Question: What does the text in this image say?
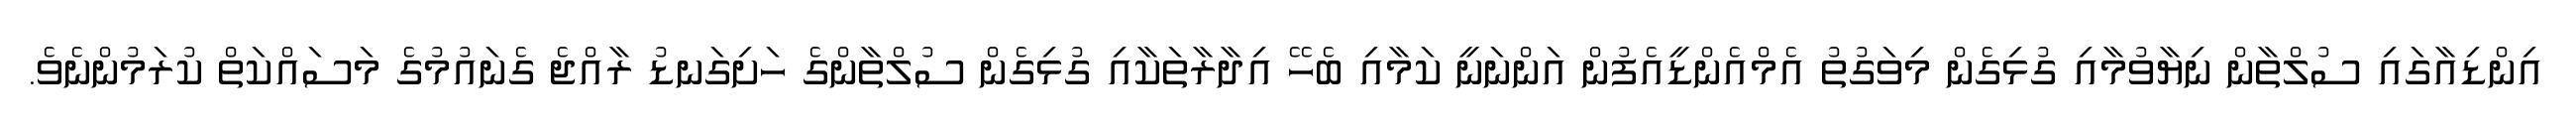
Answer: އިންޑިއާގައި ސުލްތާން ނިޔާވުމާއި ގުޅިގެން މިވަގުތު އެމްއެންޑީއެފުން އަންނަނީ ކަމާއި ބެހޭ އިދާރާތަކާއި ގުޅިގެން ސުލްތާންގެ ހަށިގަނޑު ރާއްޖެ ގެނައުމުގެ މަސައްކަތް ކުރަމުންނެވެ.